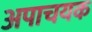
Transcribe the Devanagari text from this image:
अपाचयक